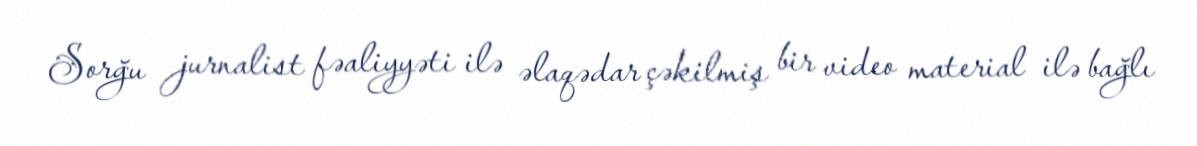
Sorğu jurnalist fəaliyyəti ilə əlaqədar çəkilmiş bir video material ilə bağlı